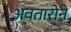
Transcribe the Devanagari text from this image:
अवतारोने